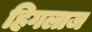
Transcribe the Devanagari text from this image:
हिगलाज